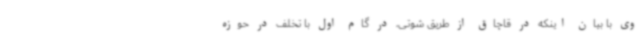
وی با بیان اینکه در قاچاق از طریق شوتی، در گام اول با تخلف در حوزه